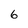
Character: 6